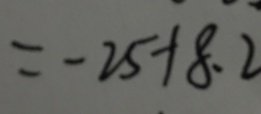
= - 2 5 + 8 . 2